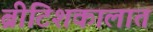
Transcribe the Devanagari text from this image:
ब्रीटिशकालात